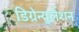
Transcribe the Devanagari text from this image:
डिग्रेन्युलेशन